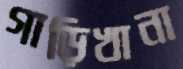
গাড়িখানা